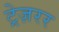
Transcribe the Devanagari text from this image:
ट्रेज़रर